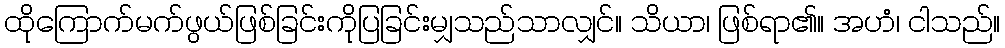
ထိုကြောက်မက်ဖွယ်ဖြစ်ခြင်းကိုပြခြင်းမျှသည်သာလျှင်။ သိယာ၊ ဖြစ်ရာ၏။ အဟံ၊ ငါသည်။